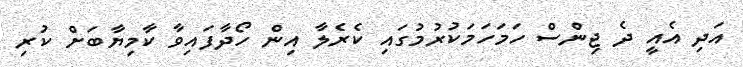
އަދި އެއީ ދެ ޖިންސް ހަމަހަމަކުރުމުގައި ކެރެލާ އިން ހޯދާފައިވާ ކާމިޔާބަށް ކުރި